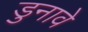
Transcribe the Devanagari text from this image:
डुनावे